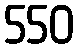
550